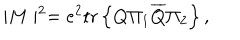
\mid M \mid ^ { 2 } = e ^ { 2 } \mathrm { t r } \left\{ Q \Pi _ { 1 } \overline { { { Q } } } \Pi _ { 2 } \right\} ,